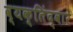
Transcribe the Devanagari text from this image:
व्यक्तिंद्वारे